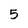
Character: 5